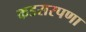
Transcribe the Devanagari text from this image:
कडसरपणा